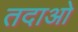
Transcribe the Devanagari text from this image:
तदाओ